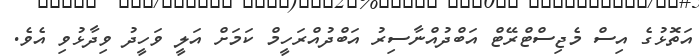
އަތޮޅުގެ އިސް މެޖިސްޓްރޭޓް އަބްދުއްނާސިރު އަބްދުއްރަހީމް ކަމަށް އަލީ ވަހީދު ވިދާޅުވި އެވެ.